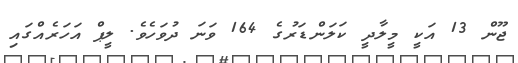
ޖޫން 13 އަކީ މީލާދީ ކަލަންޑަރުގެ 164 ވަނަ ދުވަހެވެ. ލީޕް އަހަރެއްގައި